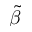
\Tilde { \beta }